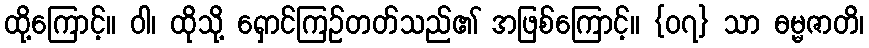
ထို့ကြောင့်။ ဝါ၊ ထိုသို့ ရှောင်ကြဉ်တတ်သည်၏ အဖြစ်ကြောင့်။ {၀၇} သာ ဓမ္မဇာတိ၊